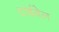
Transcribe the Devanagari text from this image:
टार्डवेल